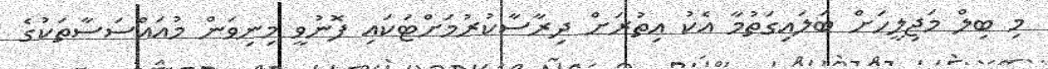
މި ބިލް މަޖިލީހަށް ބަލައިގަތުމާ އެކު އިތުރަށް ދިރާސާކުރުމަށްޓަކައި ފޮނުވީ މިނިވަން މުއައްސަސާތަކުގެ